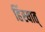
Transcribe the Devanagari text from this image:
हिंस्यात्‌